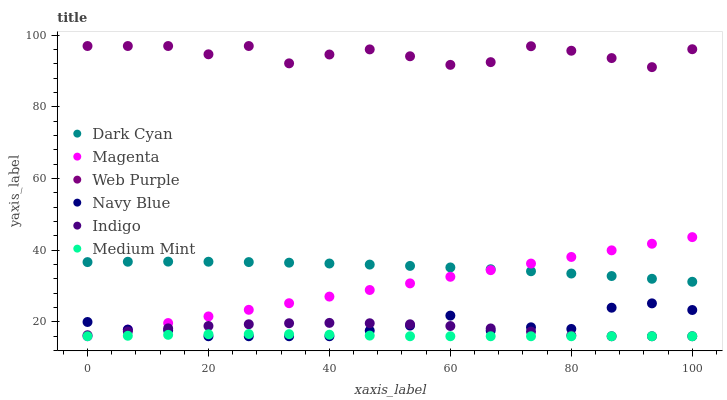
| xaxis_label | Dark Cyan | Magenta | Web Purple | Navy Blue | Indigo | Medium Mint |
 | --- | --- | --- | --- | --- | --- | --- |
 | 0 | 36.7 | 16 | 97 | 20 | 16.3 | 16 |
 | 6.67 | 36.8 | 17.8 | 97 | 17.9 | 17.3 | 16.1 |
 | 13.3 | 36.8 | 19.7 | 97 | 17.7 | 18.2 | 16.4 |
 | 20 | 36.8 | 21.5 | 94.7 | 16 | 18.9 | 16.6 |
 | 26.7 | 36.7 | 23.4 | 97 | 16 | 19.3 | 16.6 |
 | 33.3 | 36.5 | 25.2 | 92.2 | 16 | 19.6 | 16.6 |
 | 40 | 36.3 | 27.1 | 94.6 | 16 | 19.7 | 16.4 |
 | 46.7 | 36 | 28.9 | 96.1 | 17.6 | 19.6 | 16.2 |
 | 53.3 | 35.6 | 30.8 | 94.1 | 19 | 19.3 | 16 |
 | 60 | 35.2 | 32.6 | 91.7 | 21.8 | 18.9 | 16 |
 | 66.7 | 34.7 | 34.4 | 92.5 | 17.6 | 18.2 | 16 |
 | 73.3 | 34.1 | 36.3 | 96.9 | 18.5 | 17.3 | 16 |
 | 80 | 33.5 | 38.1 | 95.7 | 18 | 16.3 | 16 |
 | 86.7 | 32.8 | 40 | 93.6 | 24 | 16 | 16 |
 | 93.3 | 32 | 41.8 | 91.1 | 25.2 | 16 | 16 |
 | 100 | 31.2 | 43.7 | 96.1 | 23.3 | 16 | 16 |